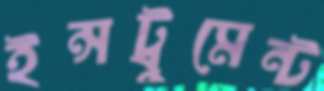
ইন্সট্রুমেন্ট